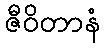
ဇီဝိတာနံ